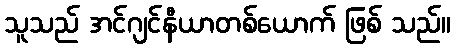
သူသည် အင်ဂျင်နီယာတစ်ယောက် ဖြစ် သည်။